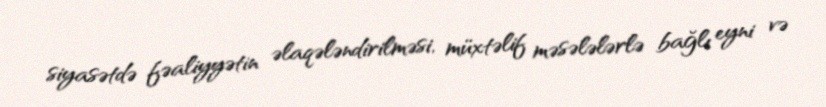
siyasətdə fəaliyyətin əlaqələndirilməsi, müxtəlif məsələlərlə bağlı eyni və